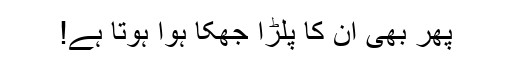
پھر بھی ان کا پلڑا جھکا ہوا ہوتا ہے!